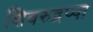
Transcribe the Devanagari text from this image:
शिवरुद्रप्पा